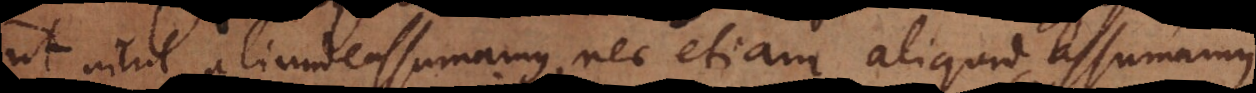
ut nihil aliunde assumamus, nec etiam aliquid assumamus